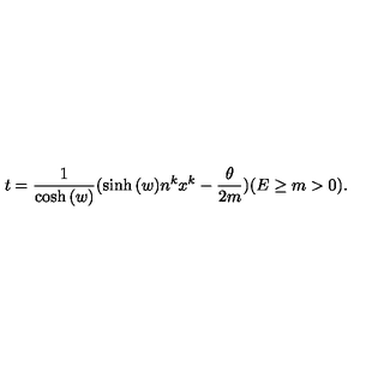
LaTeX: t = \frac { 1 } { \cosh { ( w ) } } ( \sinh { ( w ) } n ^ { k } x ^ { k } - \frac { \theta } { 2 m } ) ( E \geq m > 0 ) .